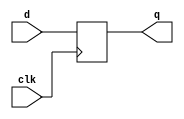
module dffb(q,d,clk);

	input d,clk;
	output reg q;

	always@(posedge clk)
	if(clk)
		q = d;

endmodule